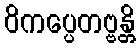
ဝိကပ္ပေတဗ္ဗန္တိ